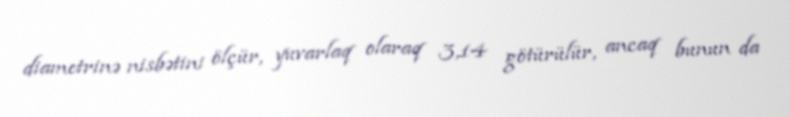
diametrinə nisbətini ölçür, yuvarlaq olaraq 3,14 götürülür, ancaq bunun da